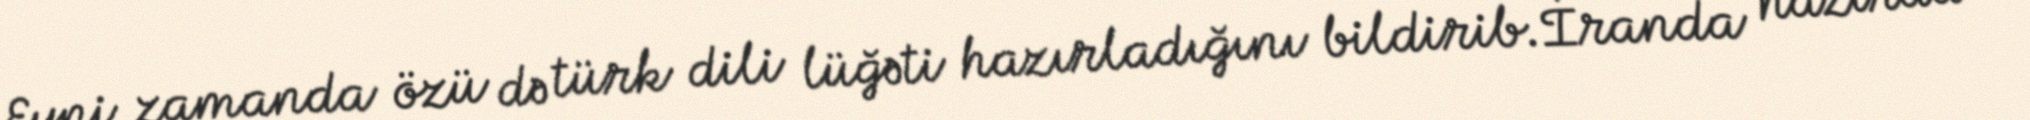
Eyni zamanda özü də türk dili lüğəti hazırladığını bildirib.İranda hazırda